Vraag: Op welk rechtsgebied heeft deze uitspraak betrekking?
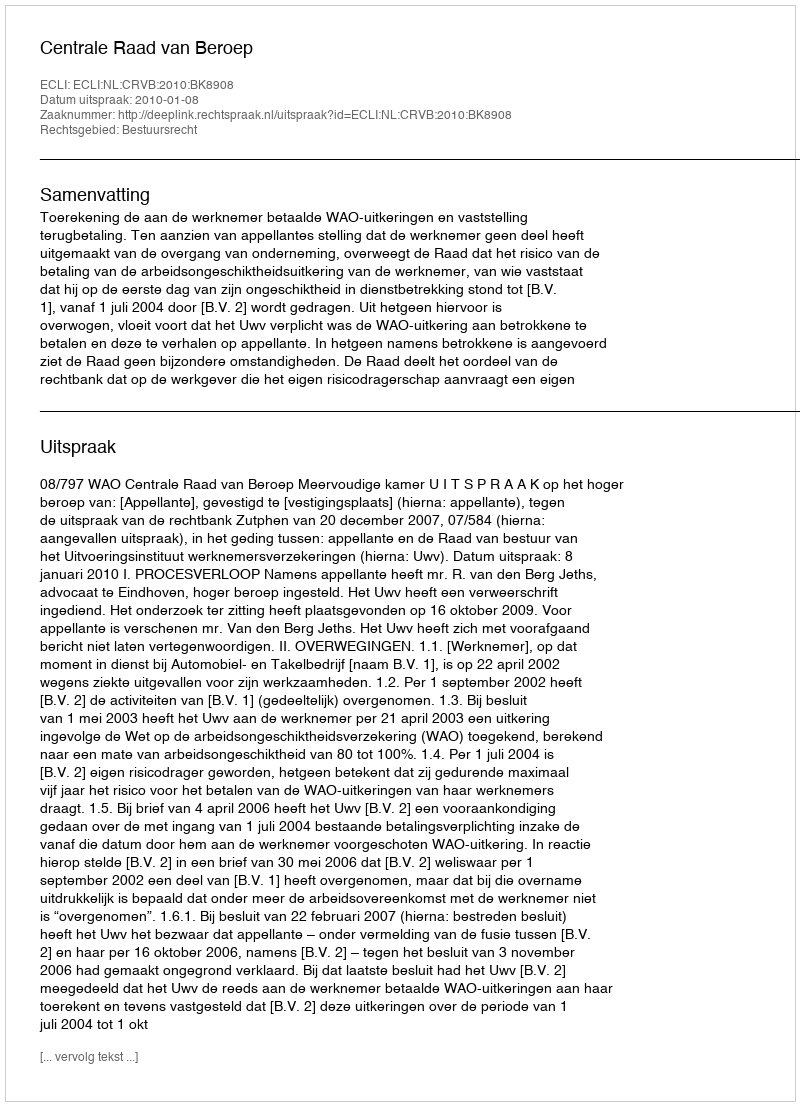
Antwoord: Bestuursrecht